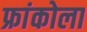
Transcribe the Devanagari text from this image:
फ्रांकोला